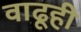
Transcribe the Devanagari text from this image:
वाढूही